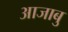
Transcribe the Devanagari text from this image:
आजाबु